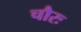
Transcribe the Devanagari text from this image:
चौरः